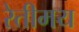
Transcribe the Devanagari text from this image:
रेतीमय